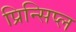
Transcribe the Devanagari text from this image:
प्रिन्सिप्ल